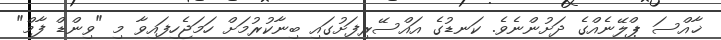
ޚާއްސަ ޕްލޭނެއްގެ ދަށުންނެވެ. ކަނޑުގެ އައްސޭރިފަށުގައި ބިނާކުރުމަށް ހަމަޖެހިފައިވާ މި "ވިންޑް ފާމް"